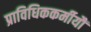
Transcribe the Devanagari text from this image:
प्राविधिककर्मीयौं